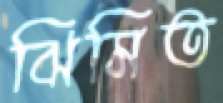
ঝিমিত